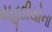
યહૂદીયોના